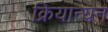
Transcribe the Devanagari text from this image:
क्रियान्यन